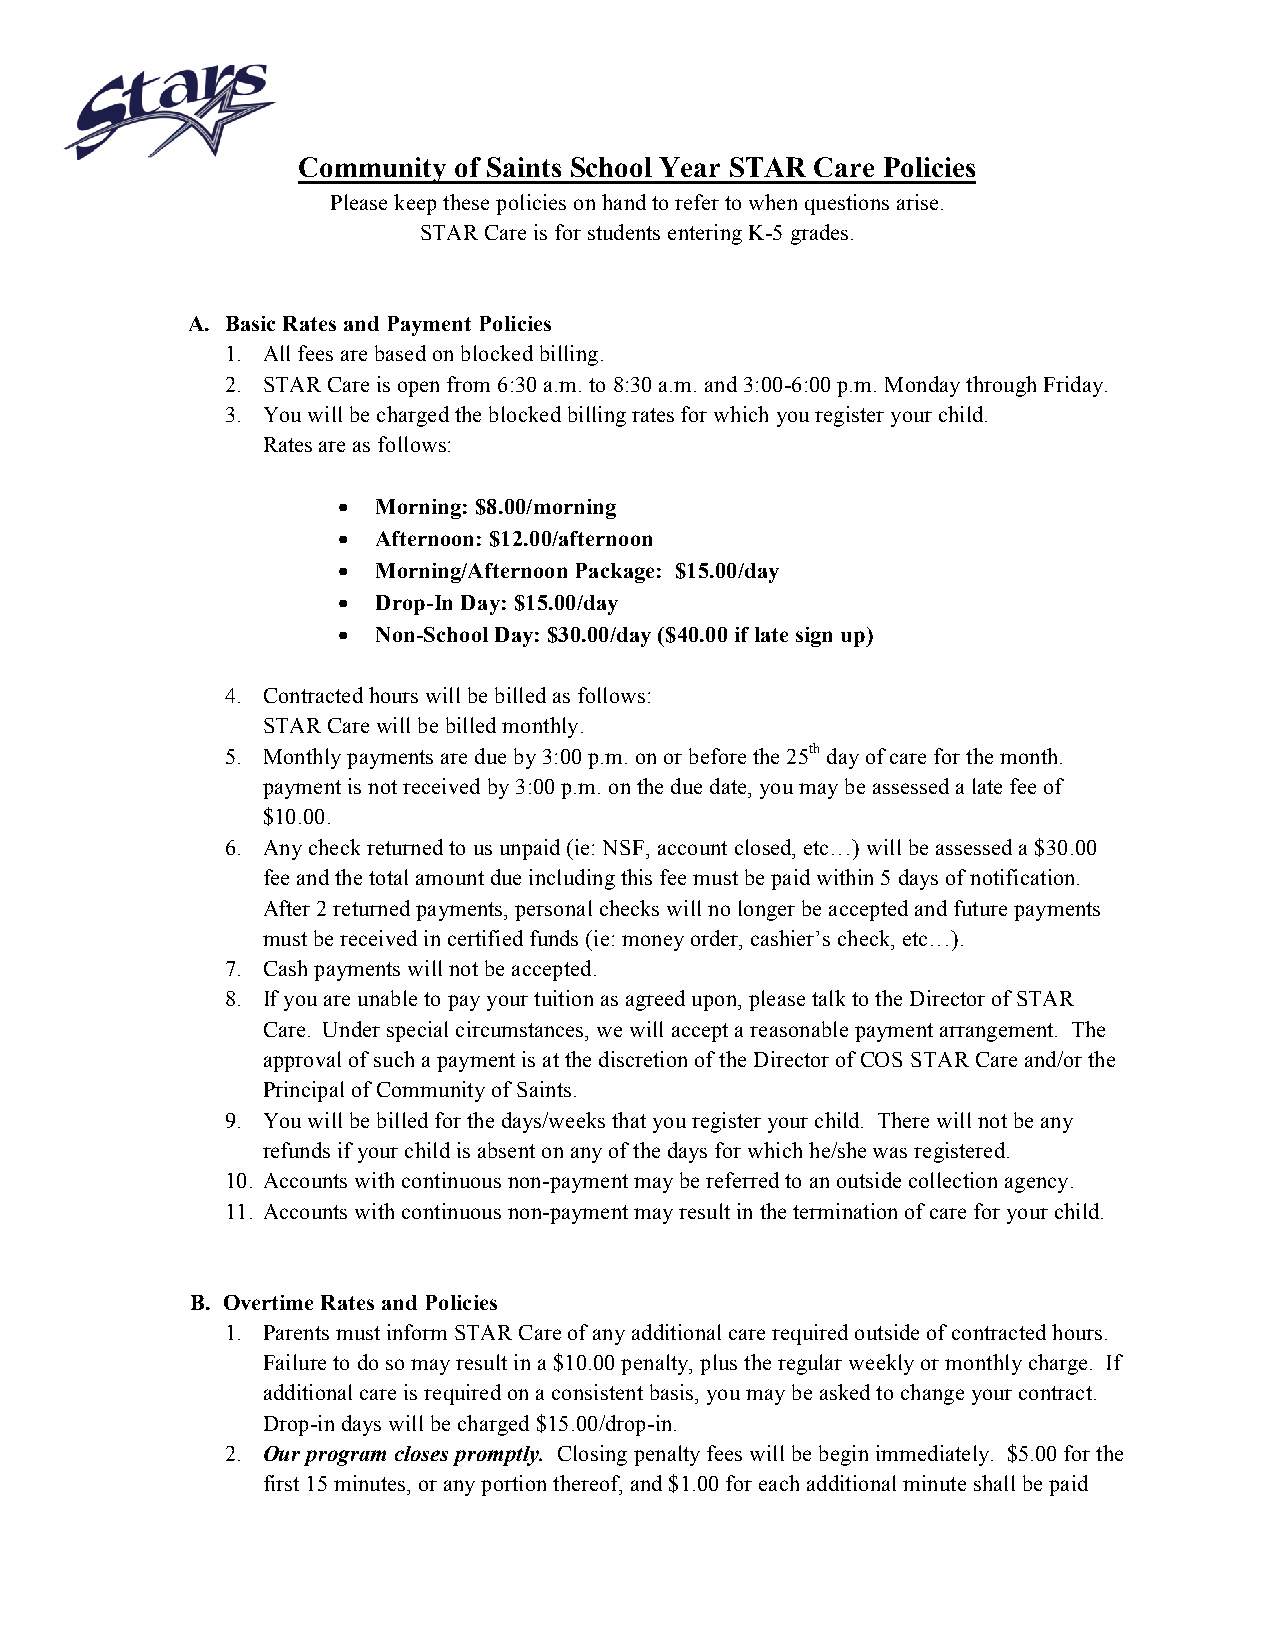
Community of Saints School Year STAR Care Policies
 Please keep these policies on hand to refer to when questions arise.
 STAR Care is for students entering K-5 grades.
 A. Basic Rates and Payment Policies
 1. All fees are based on blocked billing.
 2. STAR Care is open from 6:30 a.m. to 8:30 a.m. and 3:00-6:00 p.m. Monday through Friday.
 3. You will be charged the blocked billing rates for which you register your child.
 Rates are as follows:
 •  Morning: $8.00/morning
 •  Afternoon: $12.00/afternoon
 •  Morning/Afternoon Package: $15.00/day
 •  Drop-In Day: $15.00/day
 •  Non-School Day: $30.00/day ($40.00 if late sign up)
 4. Contracted hours will be billed as follows:
 STAR Care will be billed monthly.
 5. Monthly payments are due by 3:00 p.m. on or before the 25th day of care for the month.
 payment is not received by 3:00 p.m. on the due date, you may be assessed a late fee of
 $10.00.
 6. Any check returned to us unpaid (ie: NSF, account closed, etc…) will be assessed a $30.00
 fee and the total amount due including this fee must be paid within 5 days of notification.
 After 2 returned payments, personal checks will no longer be accepted and future payments
 must be received in certified funds (ie: money order, cashier’s check, etc…).
 7. Cash payments will not be accepted.
 8. If you are unable to pay your tuition as agreed upon, please talk to the Director of STAR
 Care. Under special circumstances, we will accept a reasonable payment arrangement. The
 approval of such a payment is at the discretion of the Director of COS STAR Care and/or the
 Principal of Community of Saints.
 9. You will be billed for the days/weeks that you register your child. There will not be any
 refunds if your child is absent on any of the days for which he/she was registered.
 10. Accounts with continuous non-payment may be referred to an outside collection agency.
 11. Accounts with continuous non-payment may result in the termination of care for your child.
 B. Overtime Rates and Policies
 1. Parents must inform STAR Care of any additional care required outside of contracted hours.
 Failure to do so may result in a $10.00 penalty, plus the regular weekly or monthly charge. If
 additional care is required on a consistent basis, you may be asked to change your contract.
 Drop-in days will be charged $15.00/drop-in.
 2. Our program closes promptly. Closing penalty fees will be begin immediately. $5.00 for the
 first 15 minutes, or any portion thereof, and $1.00 for each additional minute shall be paid